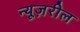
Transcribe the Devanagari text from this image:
न्यूज़रील